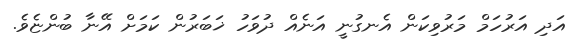
އަދި އަރުހަމް މަރުވިކަން އެނގުނީ އަނެއް ދުވަހު ޚަބަރުން ކަމަށް އޭނާ ބުންޏެވެ.